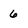
Character: 6